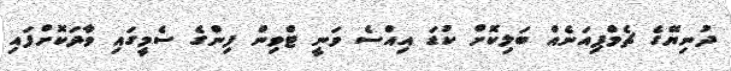
ދުނިޔޭގެ ޗެމްޕިއަނެއް ބަލިކޮށް ކުޑަ އިއްސެ ވަނީ ޓްވިން ފިންގެ ސެމީގައި ވާދަކޮށްފައި